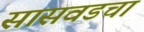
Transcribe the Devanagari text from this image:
सासवडचा